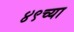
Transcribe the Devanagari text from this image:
४९च्या